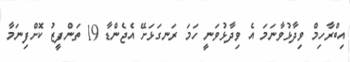
އިބްރާހިމް ވިދާޅުވާނަމަ އެ ވިދާޅުވަނީ ހަމަ ރަނގަޅަށޭ އެޖެންޑާ 19 ތަންފީޒު ކޮށްފިނަމާ